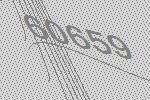
60659